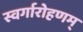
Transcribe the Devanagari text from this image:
स्वर्गारोहणम्